Report on vaccination in the Province of Bengal - 1874-1889
Year: 1874
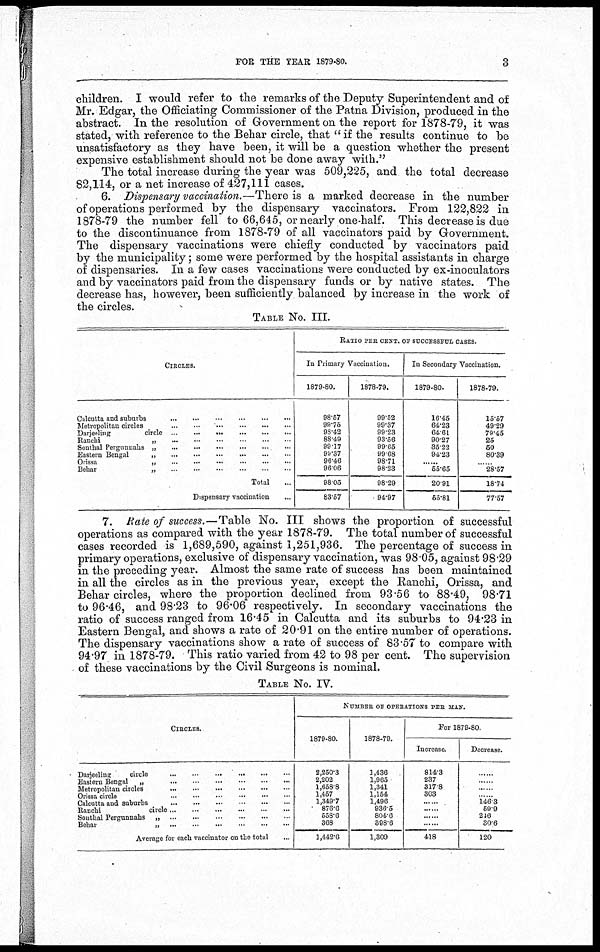
FOR THE YEAR 1879-80.
3
children. I would refer to the remarks of the Deputy Superintendent and of
Mr. Edgar, the Officiating Commissioner of the Patna Division, produced in the
abstract. In the resolution of Government on the report for 1878-79, it was
stated, with reference to the Behar circle, that " if the results continue to be
unsatisfactory as they have been, it will be a question whether the present
expensive establishment should not be done away wilh."
The total increase during the year was 509,225, and the total decrease
82,114, or a net increase of 427,111 cases.
6. Dispensary vaccination.—There is a marked decrease in the number
of operations performed by the dispensary vaccinators. From 122,822 in
1878-79 the number fell to 66,645, or nearly one-half. This decrease is due
to the discontinuance from 1878-79 of all vaccinators paid by Government.
The dispensary vaccinations were chiefly conducted by vaccinators paid
by the municipality; some were performed by the hospital assistants in charge
of dispensaries. In a few cases vaccinations were conducted by ex-inoculators
and by vaccinators paid from the dispensary funds or by native states. The
decrease has, however, been sufficiently balanced by increase in the work of
the circles.
TABLE NO. III.
CIRCLES.
Calcutta and suburbs ...
...
...
...
...
Metropolitan circles
...
...
...
...
...
Darjeeling
circle... ... ... ... ... ...
Ranchi
...
...
...
...
Sonthal Pergunnahs
„
...
...
...
...
...
Eastern Bengal
„
...
...
...
...
Orissa
„
...
...
...
...
...
Behar
„
...
...
...
...
...
Total...
Dispensary vaccination
...
RATIO PER CENT. OF SUCCESSFUL CASES.
In Primary Vaccination.
1879-80.
98.57
99.75
98.42
88.49
99.17
98.37
96.46
96.06
98.05
83.57
1878-79.
99.52
99.37
99.23
93.56
99.65
99.68
98.71
98.23
98.29
94.97
In Secondary Vaccination.
1879-80.
16.45
64.23
64.61
90.27
35.22
94.23
......
55.65
20.91
55.81
1878-79.
15.57
49.29
79.45
25
50
80.39
......
28.57
18.74
77.57
7. Rate of success.—Table No. III shows the proportion of successful
operations as compared with the year 1878-79. The total number of successful
cases recorded is 1,689,590, against 1,251,936. The percentage of success in
primary operations, exclusive of dispensary vaccination, was 98.05, against 98.29
in the preceding year. Almost the same rate of success has been maintained
in all the circles as in the previous year, except the Ranchi, Orissa, and
Behar circles, where the proportion declined from 93.56 to 88.49, 98.71
to 96.46, and 98.23 to 96.06 respectively. In secondary vaccinations the
ratio of success ranged from 16.45 in Calcutta and its suburbs to 94.23 in
Eastern Bengal, and shows a rate of 20.91 on the entire number of operations.
The dispensary vaccinations show a rate of success of 83.57 to compare with
94.97 in 1878-79. This ratio varied from 42 to 98 per cent. The supervision
of these vaccinations by the Civil Surgeons is nominal.
TABLE NO. IV.
CIRCLES.
Darjeeling
circle
...
...
...
...
...
Eastern Bengal „ ... ... ... ...
Metropolitan circle ... ... ... ... ...
Orissa circle ... ... ... ... ...
Calcutta and suburbs ... ... ... ...
Ranchi circle... ... ... ...
Sonthal Pergunahs „ ... ... ... ...
Behar
„... ... ... ... ...
Average for each vaccinator on the total...
NUMBER OF OPERATIONS PER MAN.
1879-80.
2,250.3
2,202
1,658.8
1,467
1,349.7
876.6
558.6
368
1,442.6
1878-79.
1,436
1,965
1,341
1,154
1,496
936.5
804.6
398.6
1,309
For 1879-80.
Increase.
814.3
237
317.8
303
......
......
......
......
418
Decrease.
......
......
...
146.3
59.9
246
30.6
120